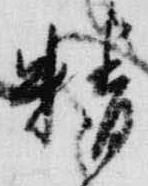
精